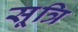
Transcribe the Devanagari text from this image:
सूत्रि